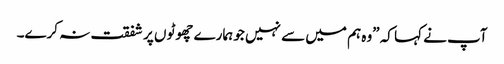
آپ نے کہا کہ ”وہ ہم میں سے نہیں جو ہمارے چھوٹو ں پر شفقت نہ کرے۔